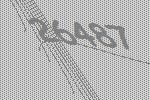
26487